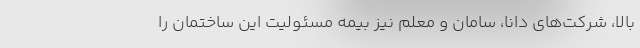
بالا، شرکت‌های دانا، سامان و معلم نیز بیمه مسئولیت این ساختمان را